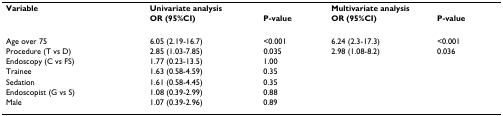
| Variable | <COLSPAN=2> Univariate analysis | <COLSPAN=2> Multivariate analysis |
 |  | OR (95%CI) | P-value | OR (95%CI) | P-value |
 | --- | --- | --- | --- | --- |
 | Age over 75 | 6.05 (2.19-16.7) | <0.001 | 6.24 (2.3-17.3) | <0.001 |
 | Procedure (T vs D) | 2.85 (1.03-7.85) | 0.035 | 2.98 (1.08-8.2) | 0.036 |
 | Endoscopy (C vs FS) | 1.77 (0.23-13.5) | 1.00 |  |  |
 | Trainee | 1.63 (0.58-4.59) | 0.35 |  |  |
 | Sedation | 1.61 (0.58-4.45) | 0.35 |  |  |
 | Endoscopist (G vs S) | 1.08 (0.39-2.99) | 0.88 |  |  |
 | Male | 1.07 (0.39-2.96) | 0.89 |  |  |